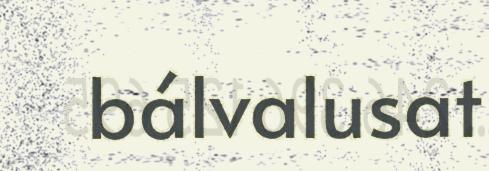
bálvalusat